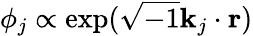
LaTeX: \phi_{j}\propto\exp({\sqrt{-1}{\mathbf k}_{j}\cdot{\mathbf r}})